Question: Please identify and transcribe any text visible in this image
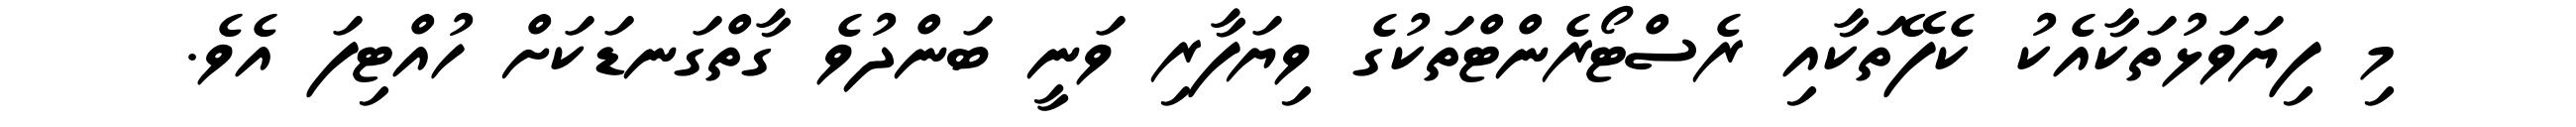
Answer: މި ފިޔަވަޅުތަކާއެކު ކެފޭތަކާއި ރެސްޓޯރެންޓްތަކުގެ ވިޔަފާރި ވަނީ ބަންދުވެ ގާތްގަނޑަކަށް ހުއްޓިފަ އެވެ.